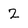
Character: 2